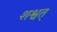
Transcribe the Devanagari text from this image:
शश्वत्